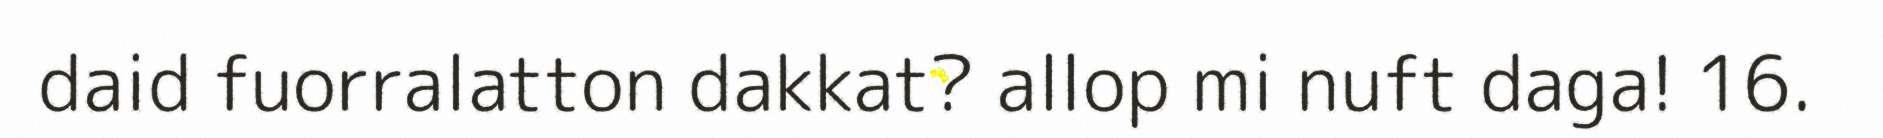
daid fuorralatton dakkat? allop mi nuft daga! 16.